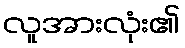
လူအားလုံး၏